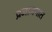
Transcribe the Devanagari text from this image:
प्रजाजनात